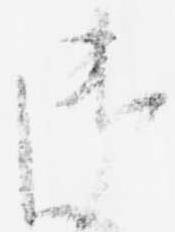
御